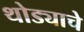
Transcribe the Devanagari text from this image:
थोड्याचे